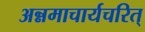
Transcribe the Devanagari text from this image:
अन्नमाचार्यचरित्